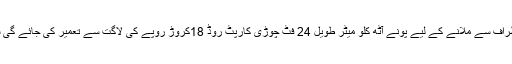
دانش سکول کو مین سڑک سے تین اطراف سے ملانے کے لیے پونے آٹھ کلو میٹر طویل 24 فٹ چوڑی کارپٹ روڈ 18کروڑ روپے کی لاگت سے تعمیر کی جائے گی سٹرک کی تعمیر کا ٹینڈر ہو چکا ہے۔